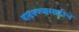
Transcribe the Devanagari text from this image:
वाढवण्यासाठीचे